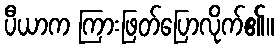
ပီယာက ကြားဖြတ်ပြောလိုက်၏။